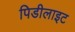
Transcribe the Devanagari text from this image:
पिडीलाइट